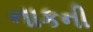
નાકની